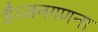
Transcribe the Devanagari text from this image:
है।जनगणना